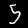
Digit: 5